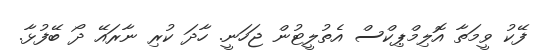
ފޭކު ވީމަތާ އޮލިމްޕިކްސް އެތުލީޓުން ޖަހަނީ. ހާދަ ކުރި ނާރައޭ ދޯ ބޭފުޅާ.